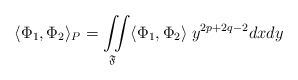
\begin{align*}\langle \Phi_{1},\Phi_{2}\rangle_{P} = \iint\limits_{\mathfrak{F}}\langle \Phi_{1},\Phi_{2}\rangle\;y^{2p+2q-2}dx dy\end{align*}